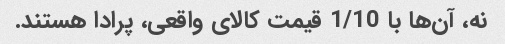
نه، آن‌ها با 1/10 قیمت کالای واقعی، پرادا هستند.